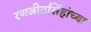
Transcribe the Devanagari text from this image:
रणजीतसिंहांच्या